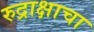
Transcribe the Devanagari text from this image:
रुद्राक्षाचा